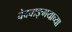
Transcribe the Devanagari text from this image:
वेदवाङ्‌मयाच्या